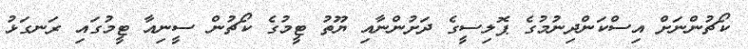
ކޯޗުންނަށް އިސްކަންދިނުމުގެ ޕޮލިސީގެ ދަށުންނާއި ޔޫތު ޓީމުގެ ކޯޗުން ސީނިއާ ޓީމުގައި ރަނގަޅު